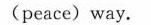
(peace)way.